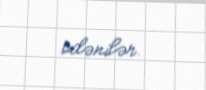
ödənilər.